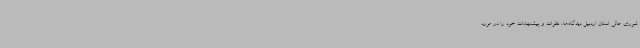
شورای عالی استان اردبیل دیدگاه‌ها، نظرات و پیشنهادات خود را در مورد